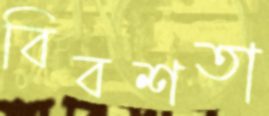
বিবশতা